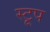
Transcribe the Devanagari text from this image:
स्टूप